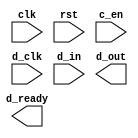
`timescale 1ns / 1ps
//////////////////////////////////////////////////////////////////////////////////
// Company: 
// Engineer: 
// 
// Design Name: 
// Module Name:    shadow_capture_v2 
// Project Name: 
// Target Devices: 
// Tool versions: 
// Description: 
//
// Dependencies: 
//
// Revision: 
// Revision 0.01 - File Created
// Additional Comments: 
//
//////////////////////////////////////////////////////////////////////////////////
module shadow_capture_v2(
    input clk,
    input rst,
    input c_en,
    input d_clk,
    input [0:0] d_in,
    output [0:0] d_out,
    output d_ready
    );


endmodule